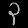
Digit: ၃